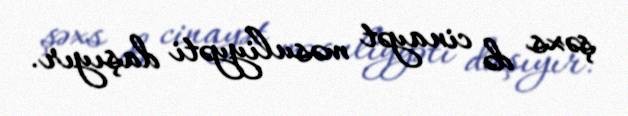
şəxs də cinayət məsuliyyəti daşıyır.